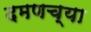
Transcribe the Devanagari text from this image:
दमणच्या